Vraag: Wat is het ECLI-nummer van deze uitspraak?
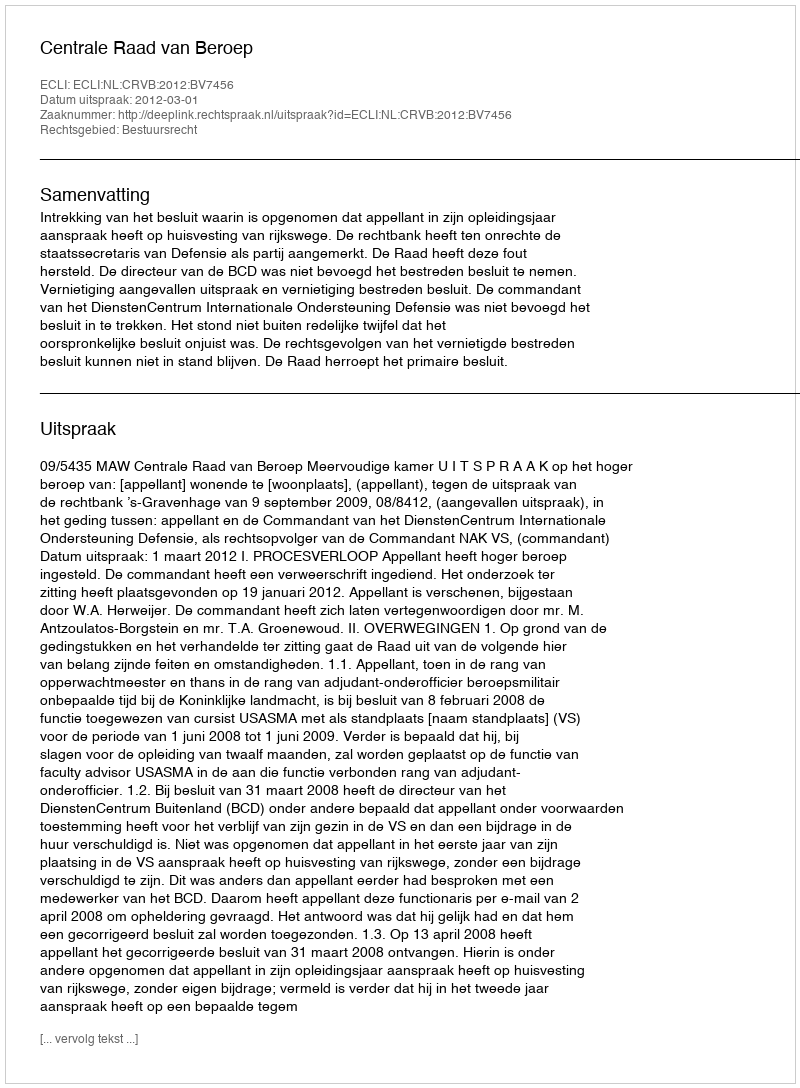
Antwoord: ECLI:NL:CRVB:2012:BV7456